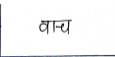
मजकूर: वाच